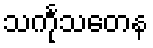
သင်္ကုသတေန